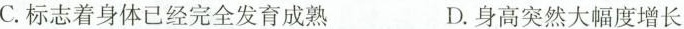
C. 标志着身体已经完全发育成熟 D. 身高突然大幅度增长